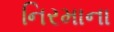
નિરમાના